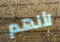
لأنهم